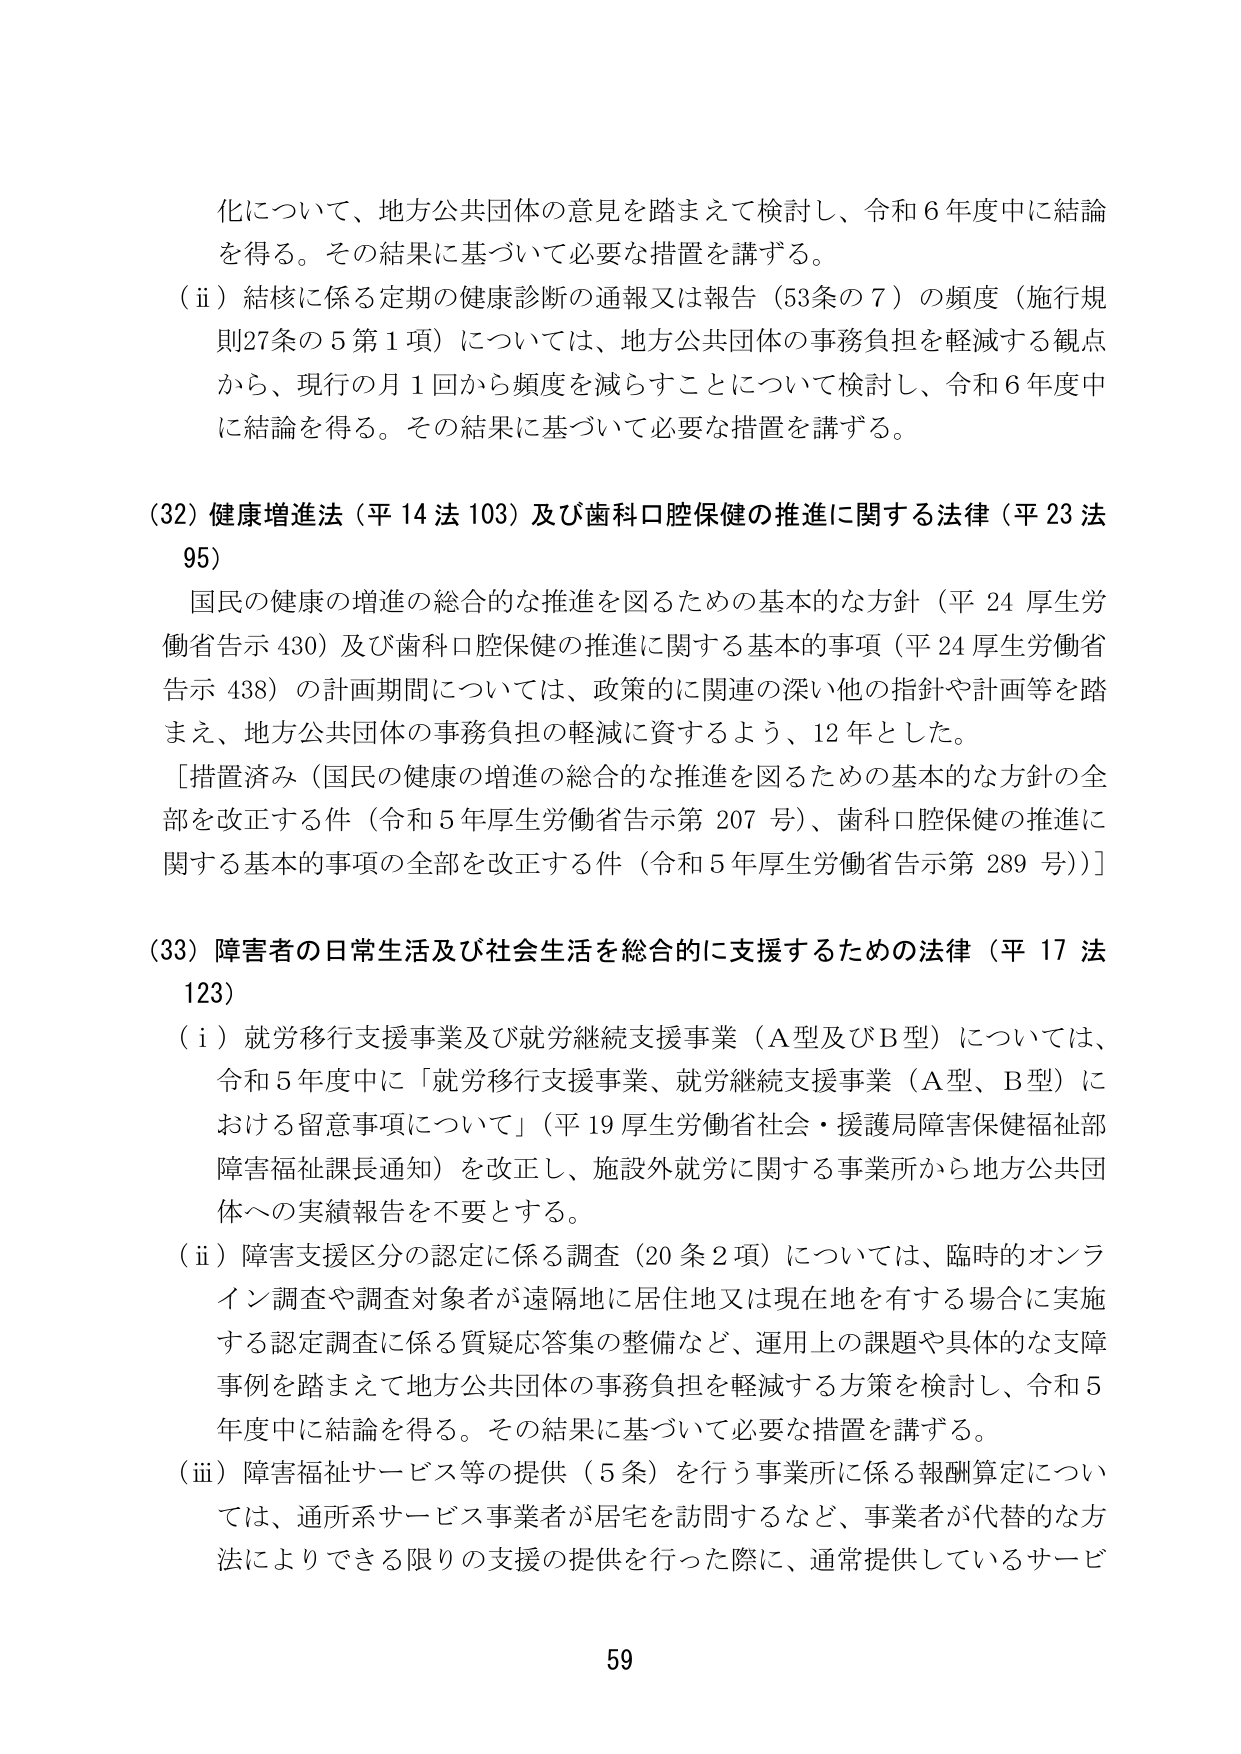
化について、地方公共団体の意見を踏まえて検討し、令和６年度中に結論を得る。その結果に基づいて必要な措置を講ずる。

（ⅱ）結核に係る定期の健康診断の通報又は報告（53条の7）の頻度（施行規則27条の5第1項）については、地方公共団体の事務負担を軽減する観点から、現行の月1回から頻度を減らすことについて検討し、令和6年度中に結論を得る。その結果に基づいて必要な措置を講ずる。

（32）健康増進法（平14法103）及び歯科口腔保健の推進に関する法律（平23法95）

国民の健康の増進の総合的な推進を図るための基本的な方針（平24厚生労働省告示430）及び歯科口腔保健の推進に関する基本的事項（平24厚生労働省告示438）の計画期間については、政策的に関連の深い他の指針や計画等を踏まえ、地方公共団体の事務負担の軽減に資するよう、12年とした。

［措置済み（国民の健康の増進の総合的な推進を図るための基本的な方針の全部を改正する件（令和5年厚生労働省告示第207号）、歯科口腔保健の推進に関する基本的事項の全部を改正する件（令和5年厚生労働省告示第289号））］

（33）障害者の日常生活及び社会生活を総合的に支援するための法律（平17法123）

（ⅰ）就労移行支援事業及び就労継続支援事業（A型及びB型）については、令和5年度中に「就労移行支援事業、就労継続支援事業（A型、B型）における留意事項について」（平19厚生労働省社会・援護局障害保健福祉部障害福祉課長通知）を改正し、施設外就労に関する事業所から地方公共団体への実績報告を不要とする。

（ⅱ）障害支援区分の認定に係る調査（20条2項）については、臨時のオンライン調査や調査対象者が遠隔地に居住地又は現在地を有する場合に実施する認定調査に係る質疑応答集の整備など、運用上の課題や具体的な支障事例を踏まえて地方公共団体の事務負担を軽減する方策を検討し、令和5年度中に結論を得る。その結果に基づいて必要な措置を講ずる。

（ⅲ）障害福祉サービス等の提供（5条）を行う事業所に係る報酬算定については、通所系サービス事業者が居宅を訪問するなど、事業者が代替的な方法によりできる限りの支援の提供を行った際に、通常提供しているサービ

59